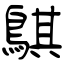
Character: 鶀